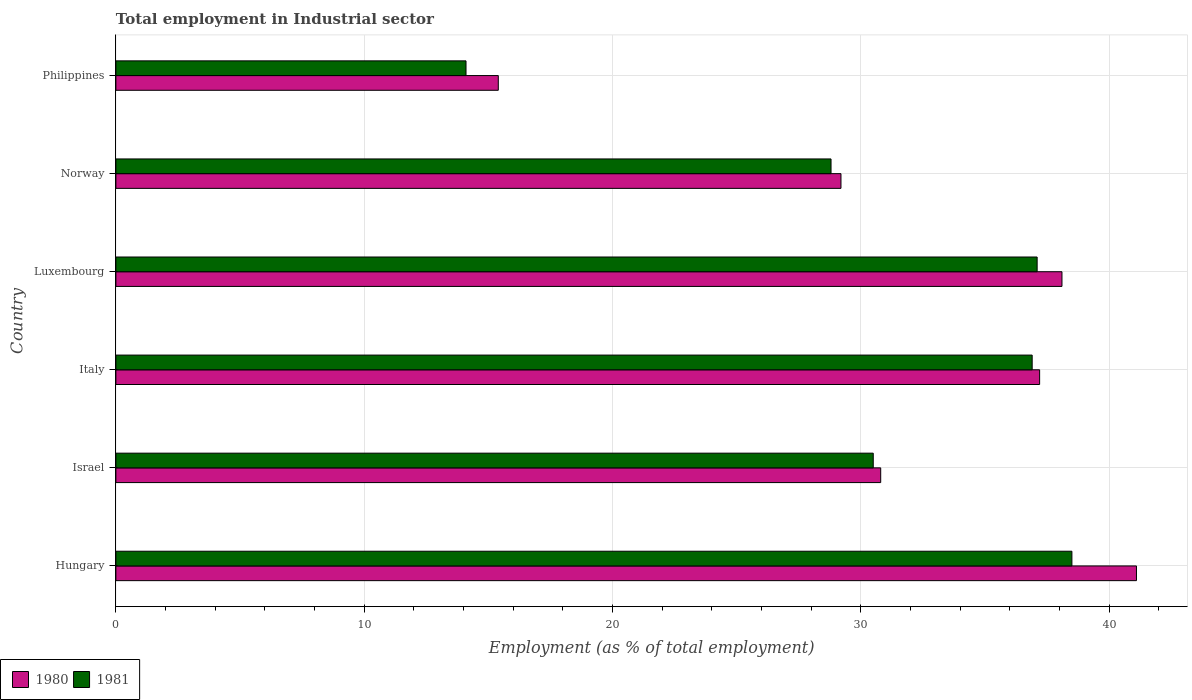
| Country | 1980 | 1981 |
 | --- | --- | --- |
 | Hungary | 41.1 | 38.5 |
 | Israel | 30.8 | 30.5 |
 | Italy | 37.2 | 36.9 |
 | Luxembourg | 38.1 | 37.1 |
 | Norway | 29.2 | 28.8 |
 | Philippines | 15.4 | 14.1 |